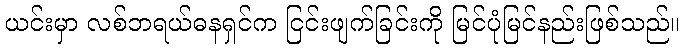
ယင်းမှာ လစ်ဘရယ်ဓနရှင်က ငြင်းဖျက်ခြင်းကို မြင်ပုံမြင်နည်းဖြစ်သည်။